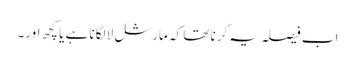
اب فیصلہ یہ کرنا تھا کہ مارشل لا لگانا ہے یا کچھ اور۔